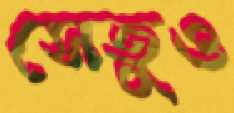
সেতুও